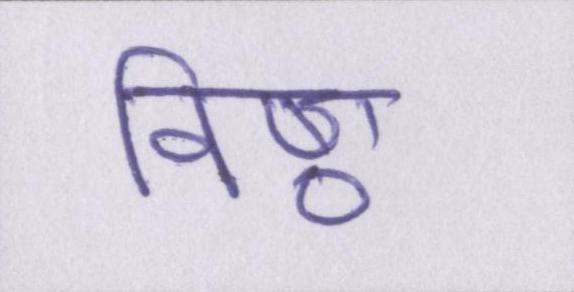
विष्ठा